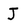
Character: J